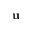
\mathbf { u }